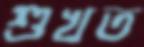
শুখত